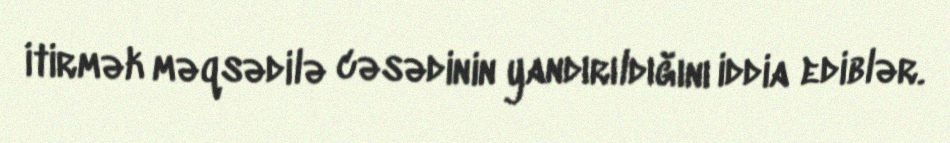
itirmək məqsədilə cəsədinin yandırıldığını iddia ediblər.